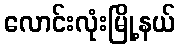
လောင်းလုံးမြို့နယ်